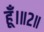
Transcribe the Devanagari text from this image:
हूँ।॥२॥